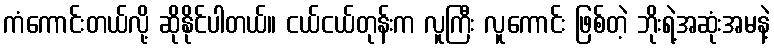
ကံကောင်းတယ်လို့ ဆိုနိုင်ပါတယ်။ ငယ်ငယ်တုန်းက လူကြီး လူကောင်း ဖြစ်တဲ့ ဘိုးရဲ့အဆုံးအမနဲ့